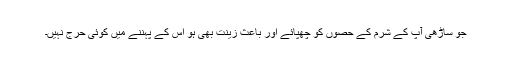
جو ساڑھی آپ کے شرم کے حصوں کو چھپائے اور باعث زینت بھی ہو اس کے پہننے میں کوئی حرج نہیں۔